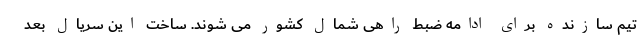
تیم سازنده برای ادامه ضبط راهی شمال کشور می شوند. ساخت این سریال بعد